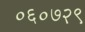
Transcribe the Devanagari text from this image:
०६०७२९